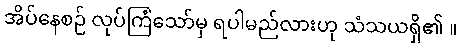
အိပ်နေစဉ် လုပ်ကြံသော်မှ ရပါမည်လားဟု သံသယရှိ၏ ။